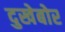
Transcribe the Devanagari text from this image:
दुखेबोर